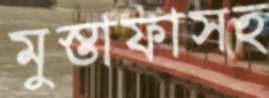
মুস্তাফাসহ